Annual report on the Civil Veterinary Department, Burma (including the Insein Veterinary School) - 1910-1922
Year: 1910
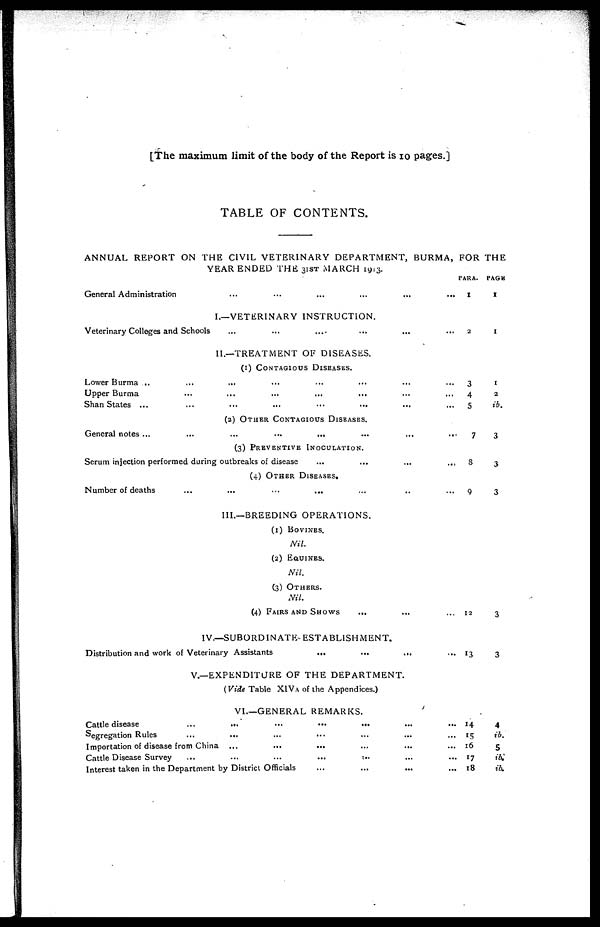
[The maximum limit of the body of the Report is 10 pages.]
TABLE OF CONTENTS.
ANNUAL REPORT ON THE CIVIL VETERINARY DEPARTMENT, BURMA, FOR THE
YEAR ENDED THE 31ST MARCH 1913.
General Administration ... ... ... ... ... ...
I.—VETERINARY INSTRUCTION.
Veterinary Colleges and Schools
...
...
.... ... ... ...
II.—TREATMENT OF DISEASES.
(1) CONTAGIOUS DISEASES.
Lower Burma ... ... ... ... ... ... ... ...
Upper Burma
...
...
...
...
...
...
...
Shan States ...
...
...
...
...
...
...
(2) OTHER CONTAGIOUS DISEASES.
General notes ...
...
...
...
...
...
...
(3) PREVENTIVE INOCULATION.
Serum injection performed during outbreaks of disease ... ... ... ...
(4) OTHER DISEASES.
Number of deaths ... ... ... ... ... ... ...
III.—BREEDING OPERATIONS.
(1) BOVINES.
Nil.
(2) EQUINES.
Nil.
(3) OTHERS.
Nil.
(4) FAIRS AND SHOWS ... ... ...
IV.—SUBORDINATE-ESTABLISHMENT.
Distribution and work of Veterinary Assistants
...
...
... ...
V.—EXPENDITURE OF THE DEPARTMENT.
(Vide Table XIVA of the Appendices.)
VI.—GENERAL REMARKS.
Cattle disease
...
...
...
...
...
Segregation Rules
...
... ... ... ... ... ...
Importation of disease from China ...
...
... ... ... ...
Cattle Disease Survey
...
...
...
...
... ... ...
Interest taken in the Department by District Officials ... ... ... ...
PARA.
1
2
3
4
5
7
8
9
12
13
14
15
16
17
18
PAGE
I
1
I
2
ib.
3
3
3
3
3
4
ib.
5
ib.
ib.